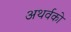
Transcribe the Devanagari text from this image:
अथर्वको